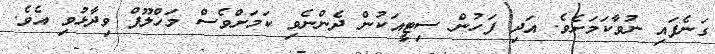
ގަނެފައި ނުވާކަމަށެވެ. އަދި ފަހުން ސިޓީއަކުން ދެންނެވި ކަމަށްވެސް މަހްލޫފް ވިދާޅުވި އެވެ.